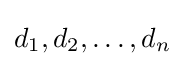
d_{1},d_{2},\ldots ,d_{n}